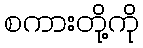
စကားတို့ကို